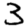
Digit: 3